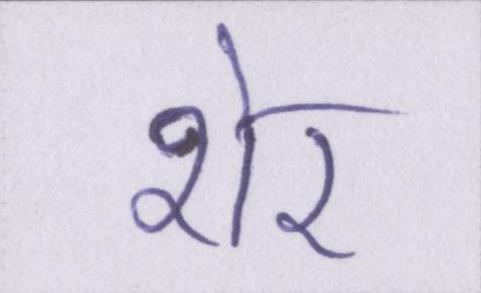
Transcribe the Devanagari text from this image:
शेर